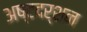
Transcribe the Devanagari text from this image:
अष्टदर्शन